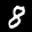
Label: 8